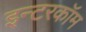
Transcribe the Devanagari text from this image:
इन्टरकॉम